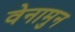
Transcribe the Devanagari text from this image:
वेनामुन